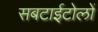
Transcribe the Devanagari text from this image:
सबटाईटोलों